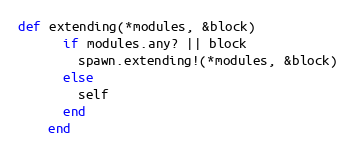
Language: Ruby
def extending(*modules, &block)
      if modules.any? || block
        spawn.extending!(*modules, &block)
      else
        self
      end
    end